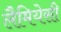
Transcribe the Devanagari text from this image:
लैमियेसी